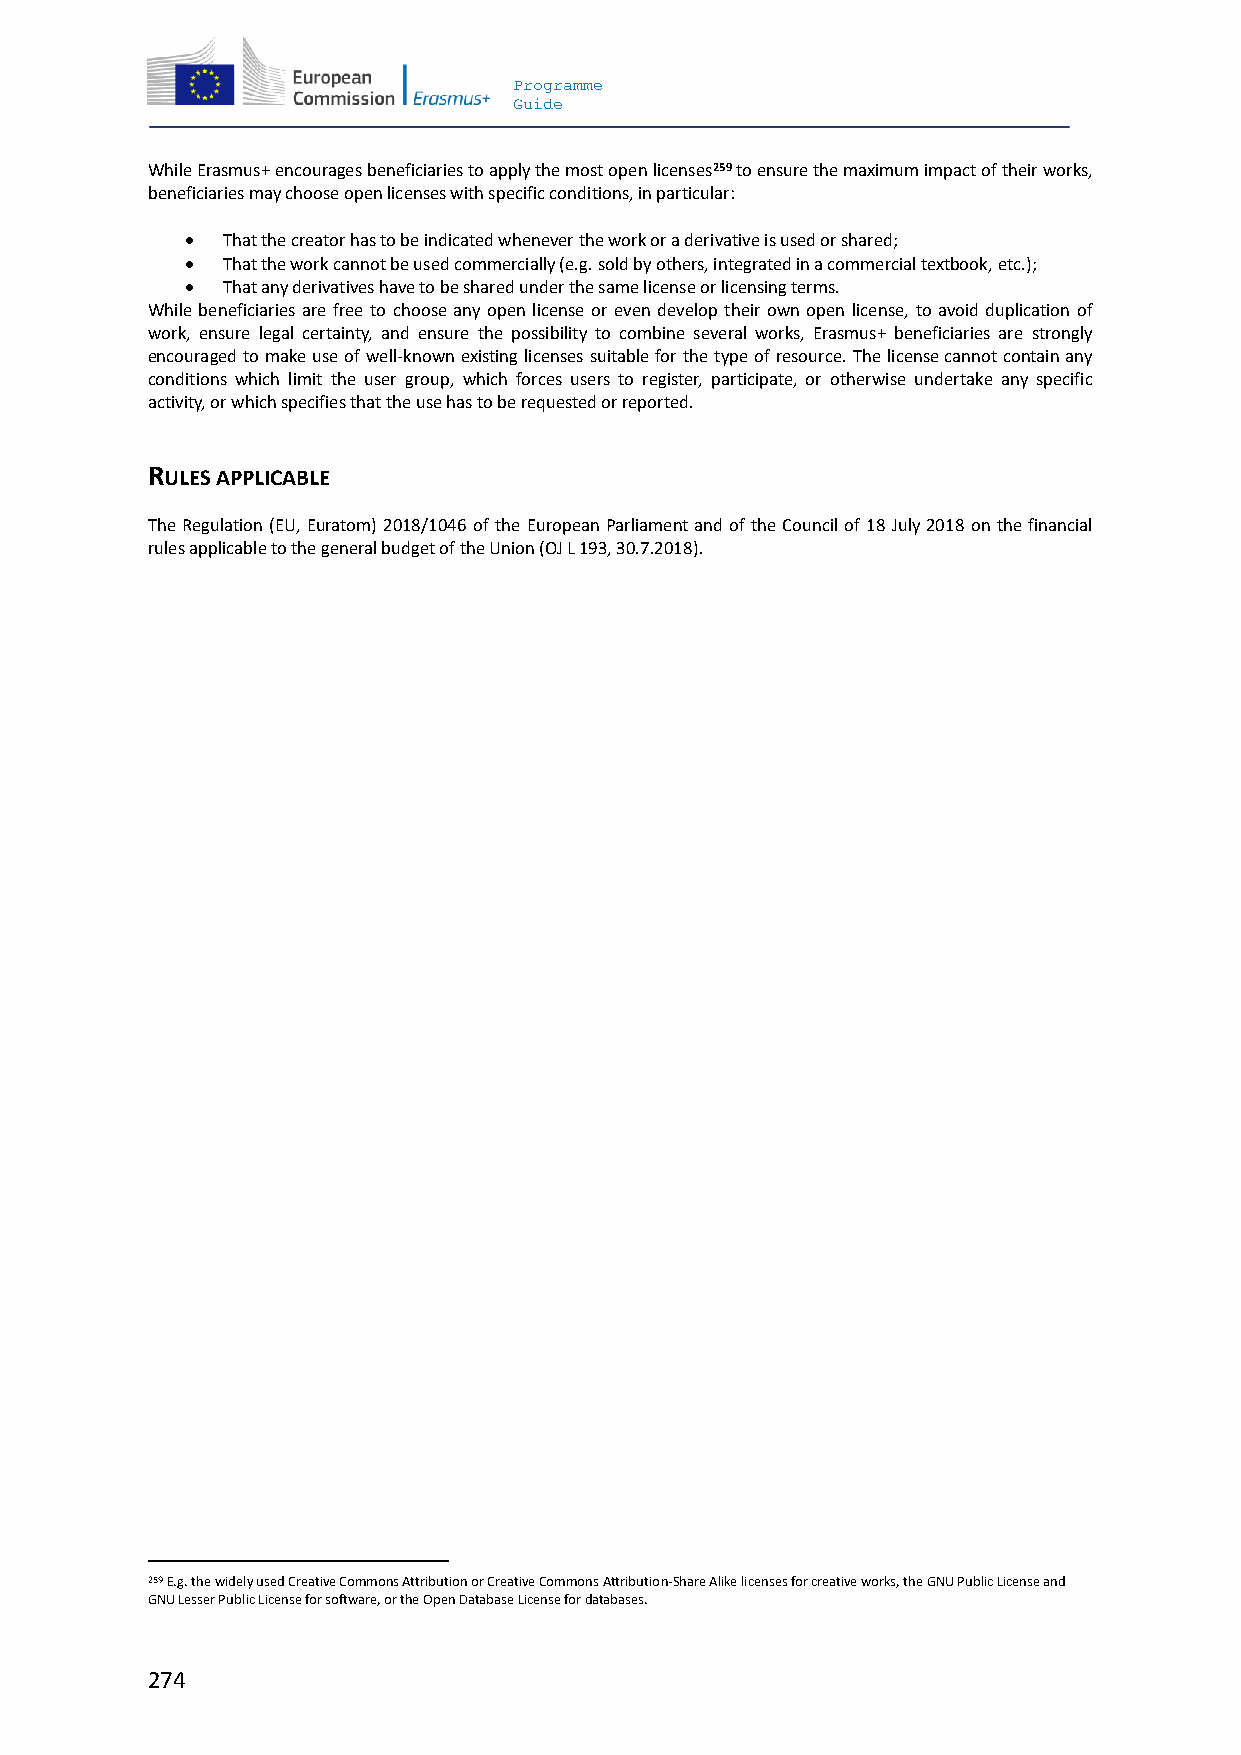
Programme
 Guide
 While Erasmus+ encourages beneficiaries to apply the most open licenses259 to ensure the maximum impact of their works,
 beneficiaries may choose open licenses with specific conditions, in particular:
   That the creator has to be indicated whenever the work or a derivative is used or shared;
   That the work cannot be used commercially (e.g. sold by others, integrated in a commercial textbook, etc.);
   That any derivatives have to be shared under the same license or licensing terms.
 While beneficiaries are free to choose any open license or even develop their own open license, to avoid duplication of
 work, ensure legal certainty, and ensure the possibility to combine several works, Erasmus+ beneficiaries are strongly
 encouraged to make use of well-known existing licenses suitable for the type of resource. The license cannot contain any
 conditions which limit the user group, which forces users to register, participate, or otherwise undertake any specific
 activity, or which specifies that the use has to be requested or reported.
 RULES APPLICABLE
 The Regulation (EU, Euratom) 2018/1046 of the European Parliament and of the Council of 18 July 2018 on the financial
 rules applicable to the general budget of the Union (OJ L 193, 30.7.2018).
 259 E.g. the widely used Creative Commons Attribution or Creative Commons Attribution-Share Alike licenses for creative works, the GNU Public License and
 GNU Lesser Public License for software, or the Open Database License for databases.
 274